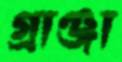
গ্রাঞ্জা